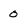
Character: 0